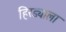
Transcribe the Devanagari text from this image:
हिरड्याला